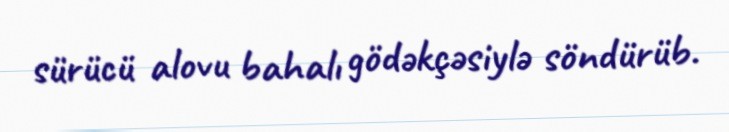
sürücü alovu bahalı gödəkçəsiylə söndürüb.